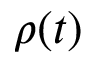
\rho ( t )